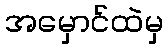
အမှောင်ထဲမှ